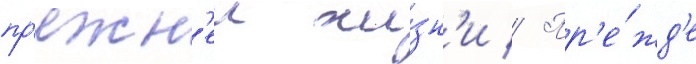
пр'ежн'еи жи́зн'и // Пр'е́жд'е